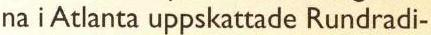
na i Atlanta uppskattade Rundradi-